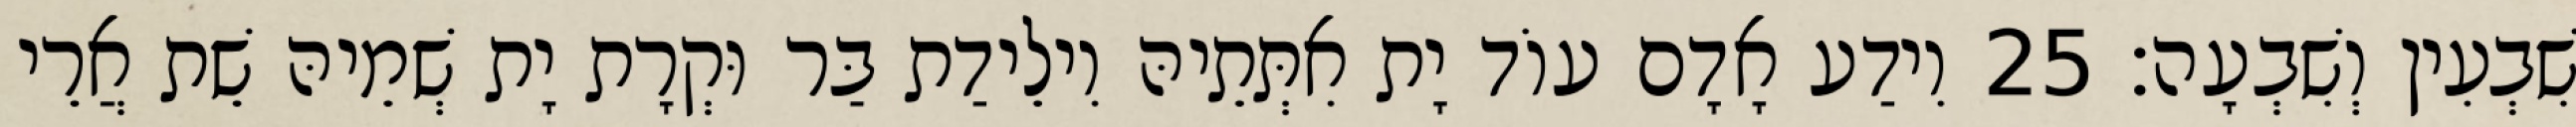
שִׁבְעִין וְשִׁבְעָה׃ 25 וִידַע אָדָם עוֹד יָת אִתְּתֵיהּ וִילֵידַת בַּר וּקְרָת יָת שְׁמֵיהּ שֵׁת אֲרֵי